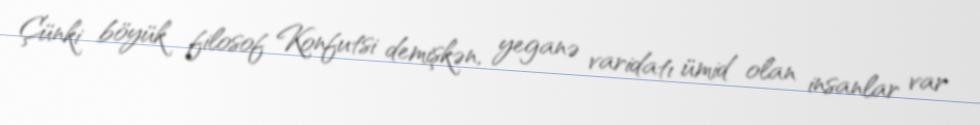
Çünki böyük filosof Konfutsi demişkən, yeganə varidatı ümid olan insanlar var